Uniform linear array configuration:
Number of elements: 32
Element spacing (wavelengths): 0.75
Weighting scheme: hann
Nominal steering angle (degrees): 0
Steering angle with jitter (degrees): -1.143
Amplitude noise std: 0.05
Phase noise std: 0.05

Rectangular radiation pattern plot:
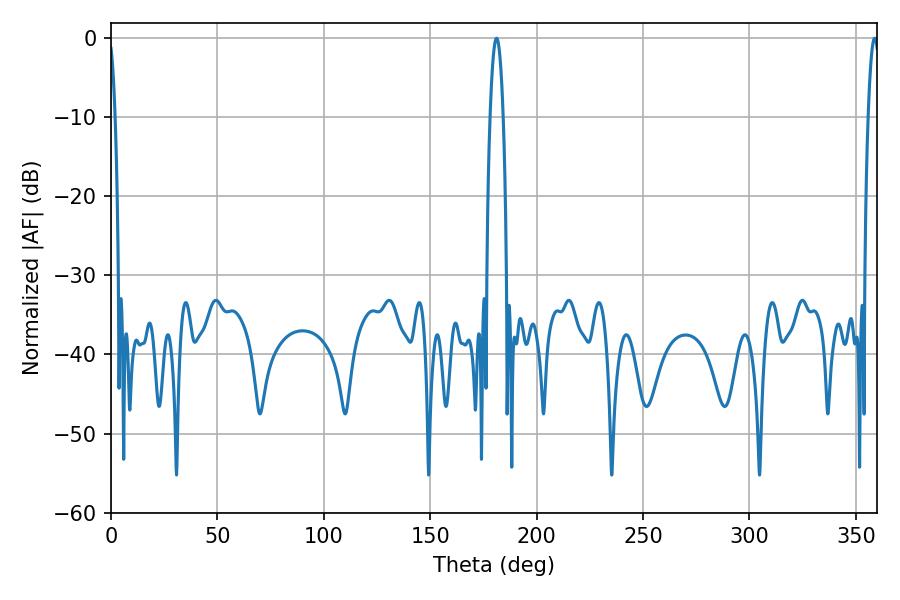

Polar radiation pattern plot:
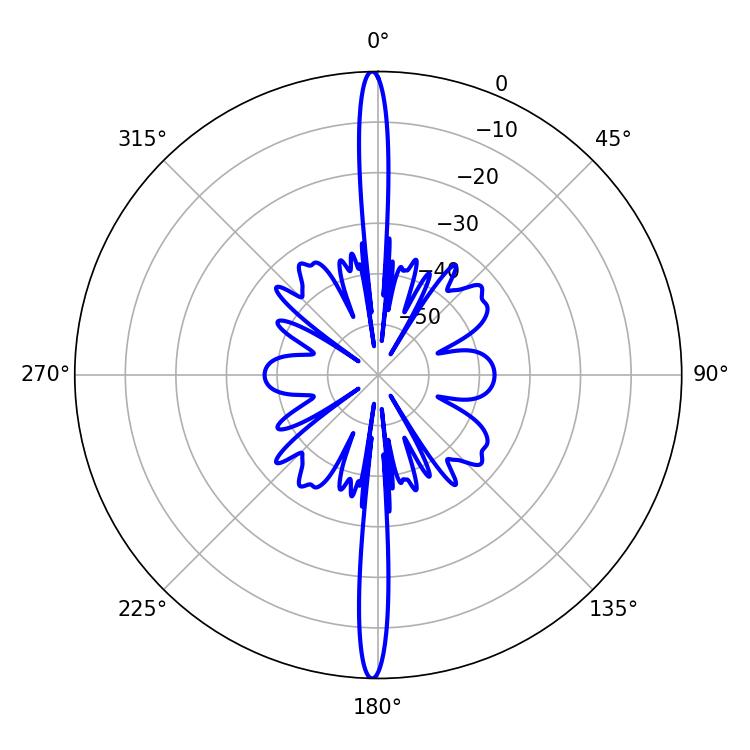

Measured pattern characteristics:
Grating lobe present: TRUE
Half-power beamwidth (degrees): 3.42
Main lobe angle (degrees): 181.08